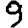
Digit: 9